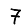
Digit: 7